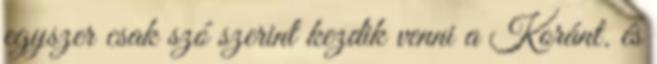
egyszer csak szó szerint kezdik venni a Koránt. és